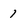
Character: 1